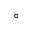
^ \circ